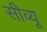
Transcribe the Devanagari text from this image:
सीव्‍यू